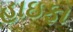
હાઇફા